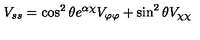
V _ { s s } = \cos ^ { 2 } \theta e ^ { \alpha \chi } V _ { \varphi \varphi } + \sin ^ { 2 } \theta V _ { \chi \chi }